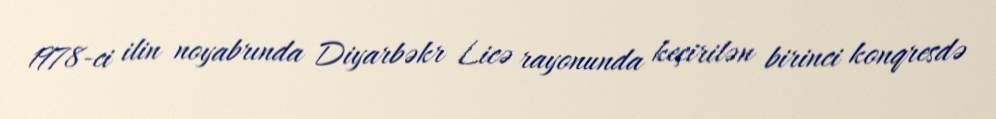
1978-ci ilin noyabrında Diyarbəkr Licə rayonunda keçirilən birinci konqresdə